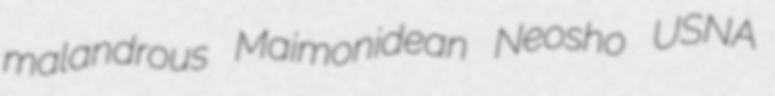
malandrous Maimonidean Neosho USNA